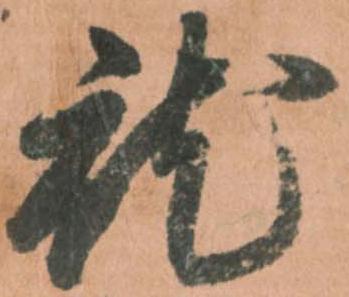
就